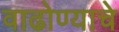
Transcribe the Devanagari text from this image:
वाढोण्याचे